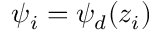
\psi _ { i } = \psi _ { d } ( z _ { i } )